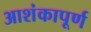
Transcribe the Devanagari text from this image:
आशंकापूर्ण